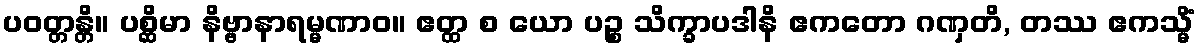
ပဝတ္တန္တိ။ ပစ္ဆိမာ နိဗ္ဗာနာရမ္မဏာဝ။ ဧတ္ထ စ ယော ပဉ္စ သိက္ခာပဒါနိ ဧကတော ဂဏှတိ, တဿ ဧကသ္မိံ